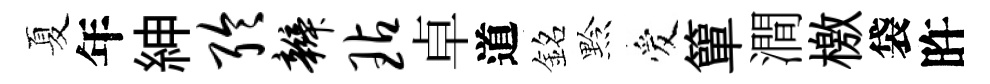
夏年紳聆辫玷卓道銘黔爱簞澗檄袋旿